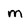
Character: m